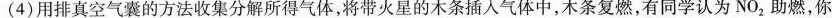
(4)用排真空气囊的方法收集分解所得气体，将带火星的木条插入气体中，木条复燃，有同学认为NO_{2}助燃，你